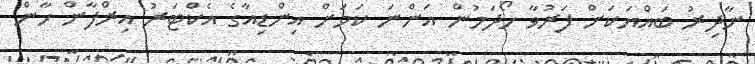
ނާދިރު ބައްޔަކަށް ފަރުވާ ހޯދަމުން އަންނަ ކަމަށް އިންޑިއާގެ އެކްޓަރު އިރްފާން ހާން